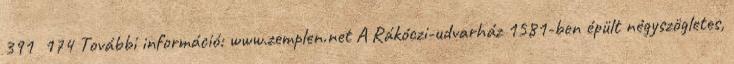
391 174 További információ: www.zemplen.net A Rákóczi-udvarház 1581-ben épült négyszögletes,